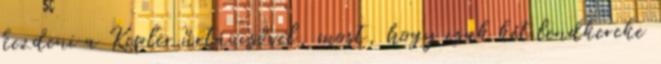
kezdeni a Kepler űrtávcsővel, most, hogy csak két lendkereke